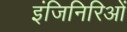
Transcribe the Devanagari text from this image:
इंजिनिरिओं